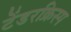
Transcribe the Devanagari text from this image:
टेंडरक्रिस्प